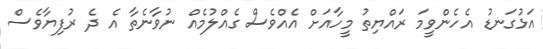
އަޅުގަނޑު އެހެންވީމަ ރައްޔިތު މީހާއަށް އެއްވެސް ގެއްލުމެއް ނުވާނެތާ އެ ދެ ރުފިޔާވެސް